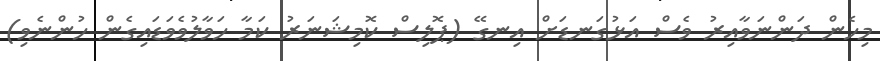
މިހެން ދަންނަވާއިރު ވެސް އަޅުގަނޑަށް އިނގޭ (ޕޮލިސް ކޮމިޝަނަރު ކަމާ ހަވާލުވެވަޑައިގެން ހުންނެވި)